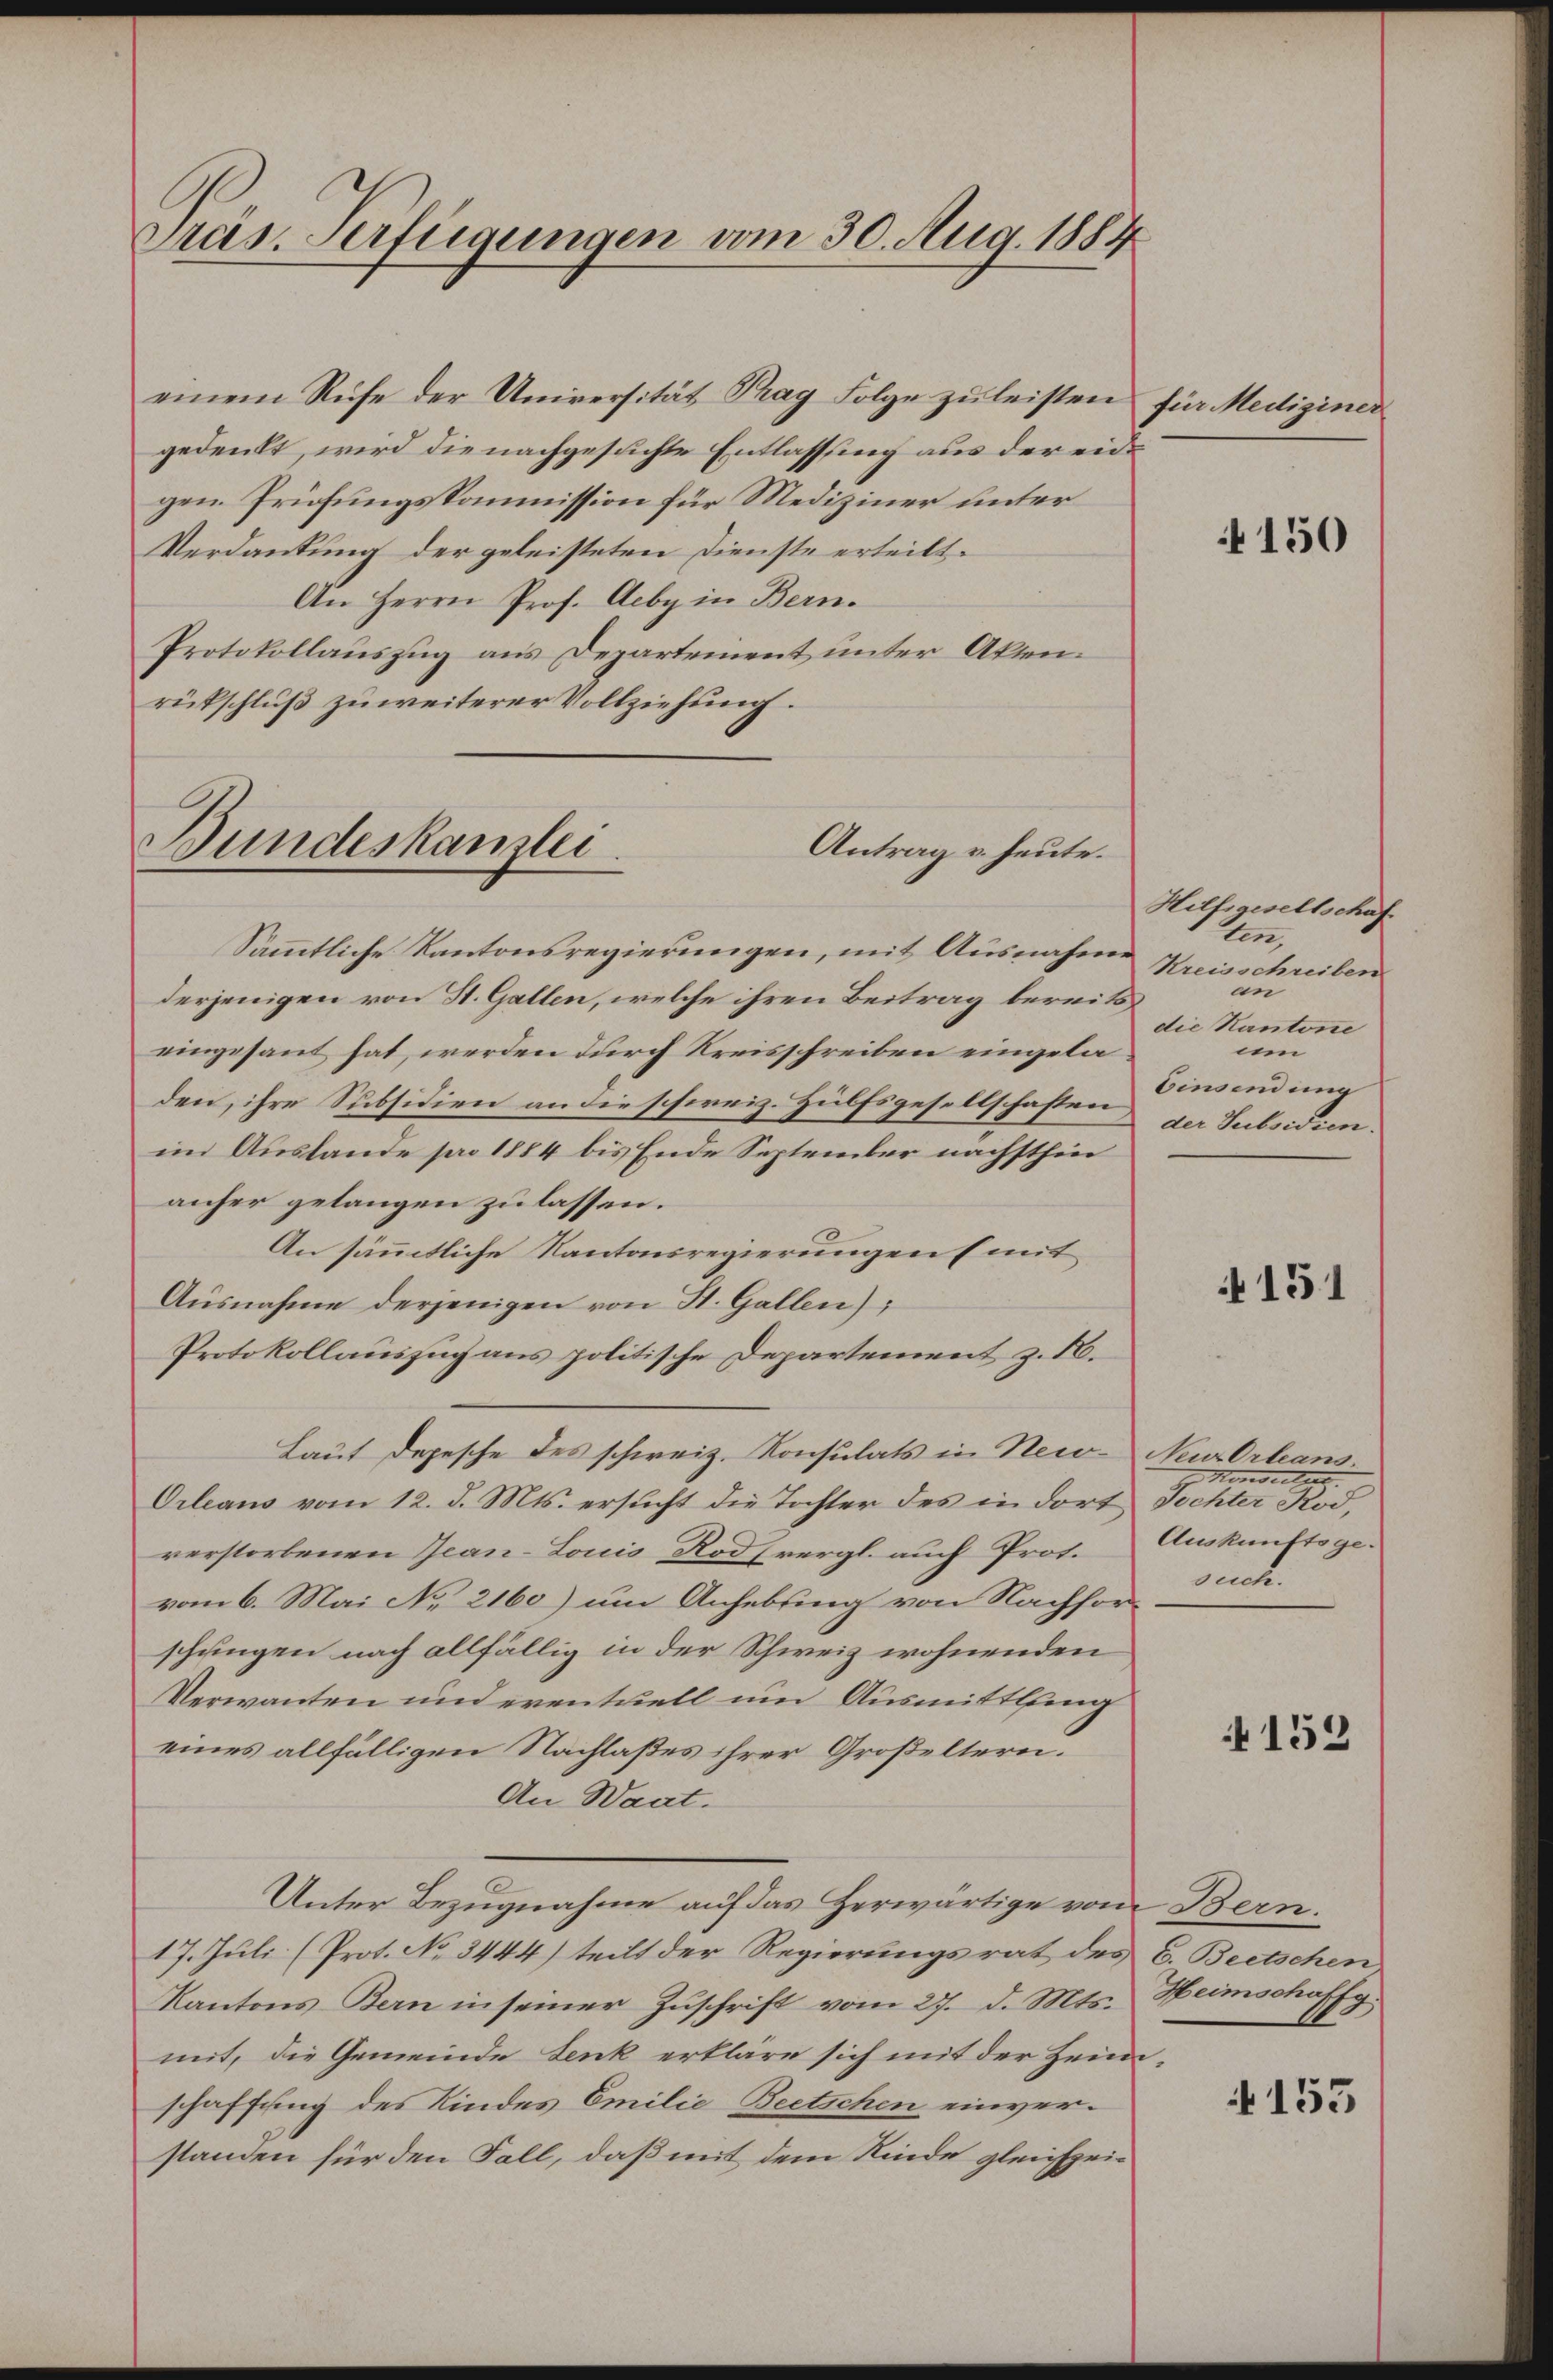
Präs. Verfügungen vom 30. Aug. 1884

einem Rufe der Universität Prag Folge zŭ leisten für Mediziner
gedenkt, wird die nachgesuchte Entlassung aus der eidgen. Prüfungskommission für Mediziner unter
Verdankung der geleisteten Dienste erteilt.
An Herrn Prof. Aeby in Bern.
Protokollauszug aus Departement unter Akten.
rückschluß zuweiterer Vollziehung.

Bundeskanzlei
Antrag v. heute.

Sämmtliche Kantonsregierungen, mit Ausnahme
derjenigen von St. Gallen, welche ihren Beitrag bereits
eingesant hat, werden durch Kreisschreiben eingeladen, ihre Subsidien an die schweiz. Hülfsgesellschaften der Subsidien.
im Auslande pro 1884 bis Ende September nächsthin
anher gelangen zu lassen.
An sämmtliche Kantonsregierungen (mit
Ausnahme derjenigen von St. Gallen);
Protokollauszug aus politische Departement z. B.
Lauf Depesche des schweiz. Konsulats in New- Neu Orleans
Orleaus vom 12. d. Mts. ersucht die Tochter des in dort
verstorbenen Jean-Louis Rod (vergl. auch Prot.
vom 6. Mai No 2160) um Anhebung von Nachforschungen nach allfällig in der Schweiz wohnenden
Verwanten und eventuell um Ausmittlung
eines allfälligen Nachlaßes ihrer Großeltern.
An Waat.
Unter Bezugnahme auf das Herwärtige vom Bern.
17. Juli (Prot. No 3444) teilt der Regierungsrat des C. Beetschen
Kantons-Bern in seiner Zuschrift vom 27. d. Mts. Heimschaffg
mit, die Gemeinde Lenk erkläre sich mit der Heimschaffung des Kindes Emilie Beetschen einverstanden für den Fall, daß mit dem Kinde gleichzei¬

4150

Hilfsgesellschaf
ten,
Kreisschreiben
an
die Kantone
um
Einsendung

151

Henseitet.
Tochter Rod,
Auskunftsge-
suche.

152

A 153